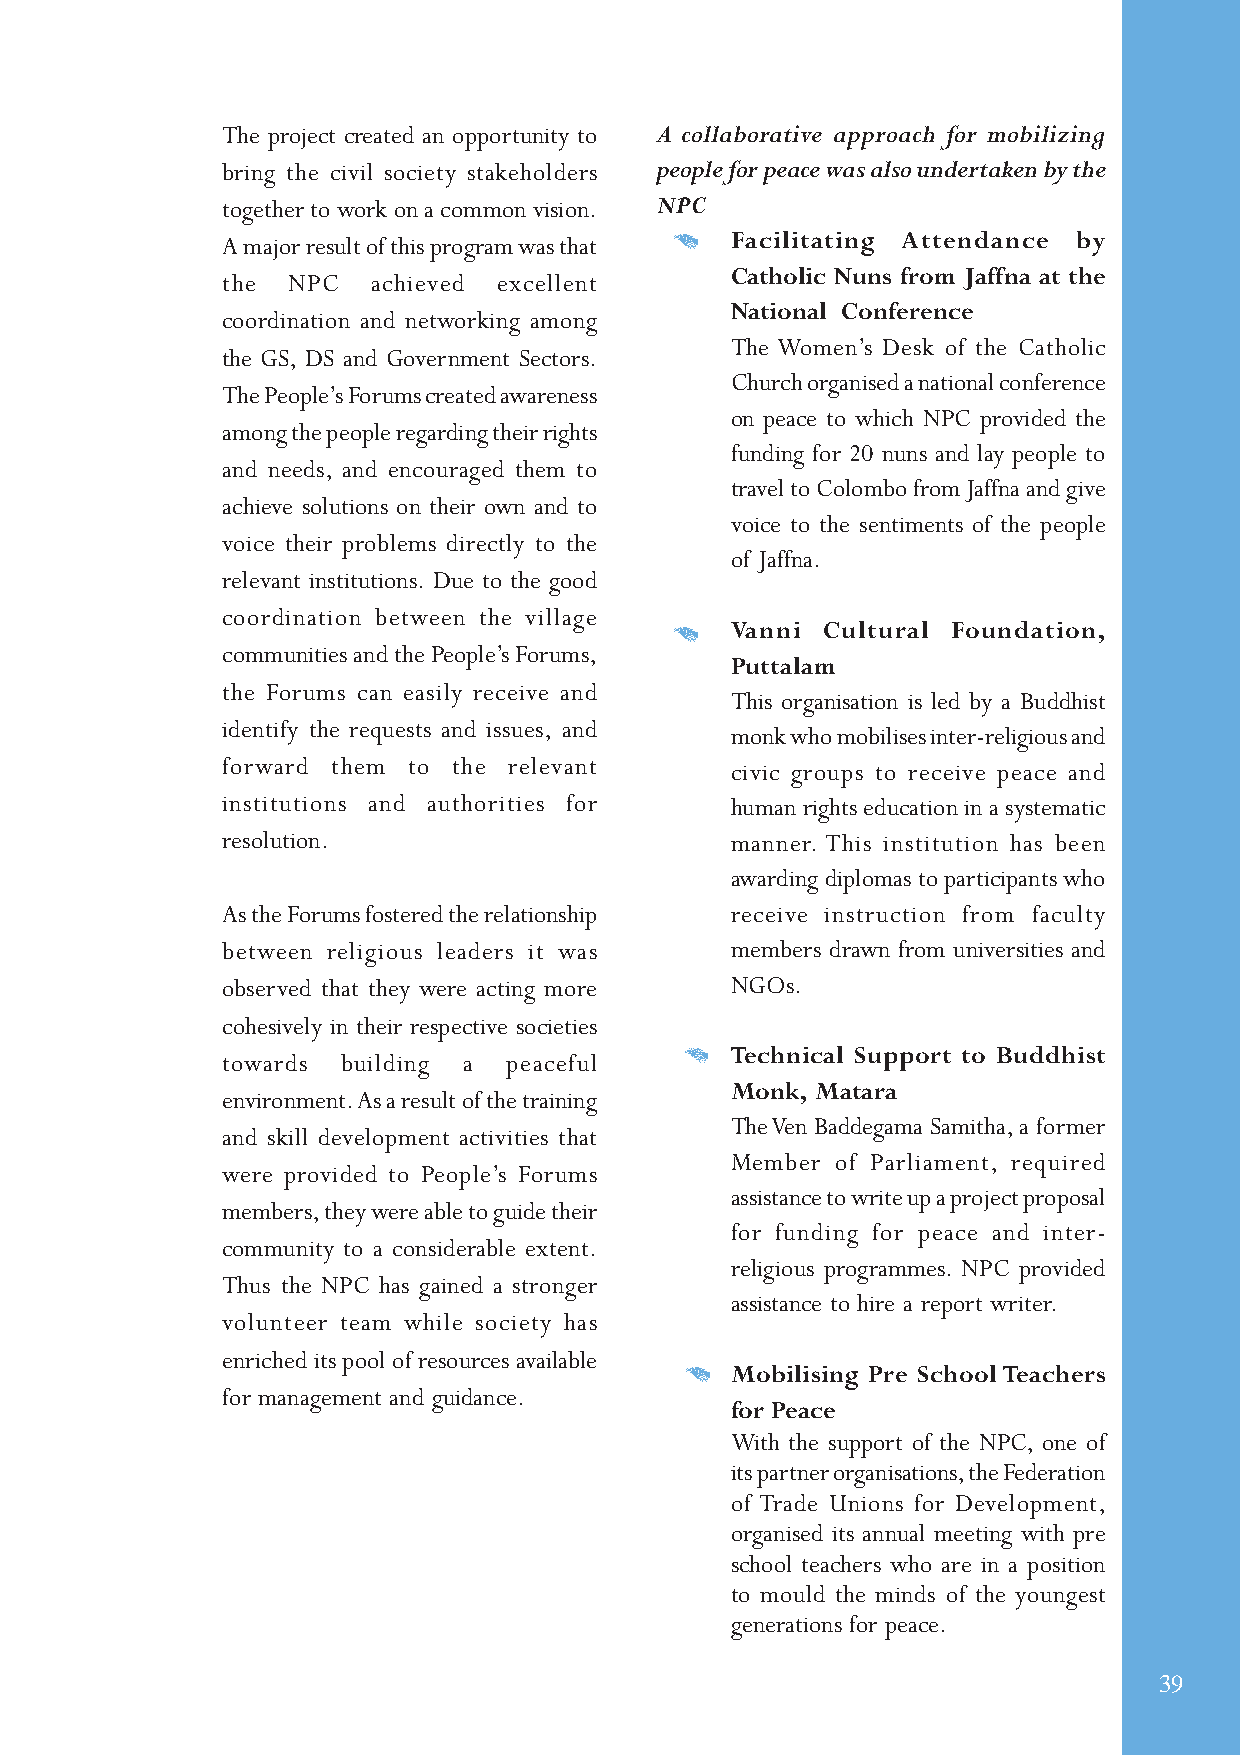
The project created an opportunity to A collaborative approach for mobilizing
 bring the civil society stakeholders people for peace was also undertaken by the
 together to work on a common vision. NPC
 A major result of this program was that Facilitating Attendance by
 Catholic Nuns from Jaffna at the
 the NPC   achieved excellent
 National Conference
 coordination and networking among
 The Women’s Desk of the Catholic
 the GS, DS and Government Sectors.
 Church organised a national conference
 The People’s Forums created awareness
 on peace to which NPC provided the
 among the people regarding their rights
 funding for 20 nuns and lay people to
 and needs, and encouraged them to
 travel to Colombo from Jaffna and give
 achieve solutions on their own and to
 voice to the sentiments of the people
 voice their problems directly to the
 of Jaffna.
 relevant institutions. Due to the good
 coordination between the village
 Vanni Cultural Foundation,
 communities and the People’s Forums,
 Puttalam
 the Forums can easily receive and
 This organisation is led by a Buddhist
 identify the requests and issues, and
 monk who mobilises inter-religious and
 forward them to the relevant
 civic groups to receive peace and
 institutions and authorities for human rights education in a systematic
 resolution.                      manner. This institution has been
 awarding diplomas to participants who
 As the Forums fostered the relationship receive instruction from faculty
 between religious leaders it was members drawn from universities and
 observed that they were acting more NGOs.
 cohesively in their respective societies
 Technical Support to Buddhist
 towards building a peaceful
 Monk, Matara
 environment. As a result of the training
 The Ven Baddegama Samitha, a former
 and skill development activities that
 Member of Parliament, required
 were provided to People’s Forums
 assistance to write up a project proposal
 members, they were able to guide their
 for funding for peace and inter-
 community to a considerable extent.
 religious programmes. NPC provided
 Thus the NPC has gained a stronger
 assistance to hire a report writer.
 volunteer team while society has
 enriched its pool of resources available
 Mobilising Pre School Teachers
 for management and guidance.
 for Peace
 With the support of the NPC, one of
 its partner organisations, the Federation
 of Trade Unions for Development,
 organised its annual meeting with pre
 school teachers who are in a position
 to mould the minds of the youngest
 generations for peace.
 39